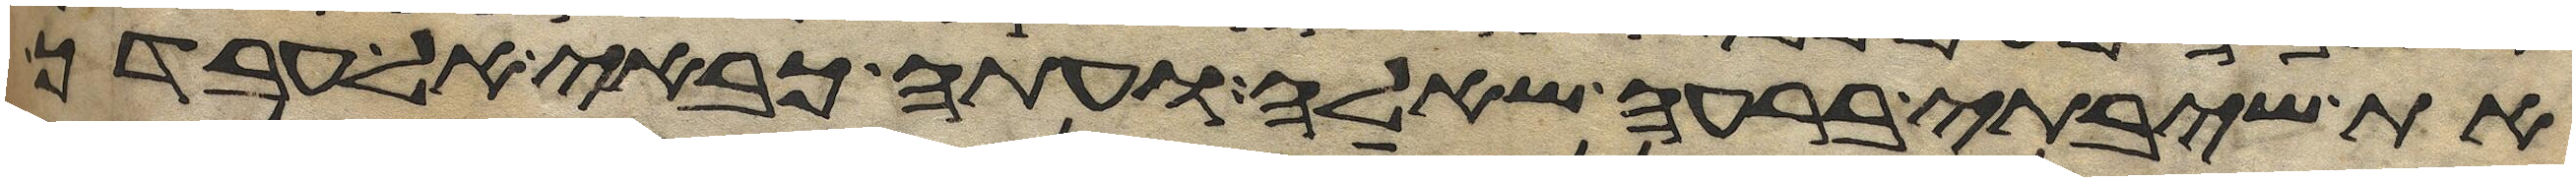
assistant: את שיבתי ברעה שאלה ועתה כבאי אל עבדך